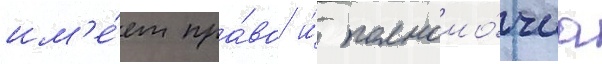
им'е́ет пра́во и́ полномо́чиа